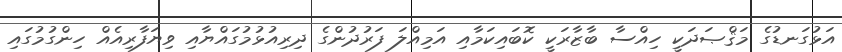
އަޅުގަނޑުގެ މަޤްޞަދަކީ ހިއްސާ ބާޒާރަކީ ކޮބައިކަމާއި އަމިއްލަ ފަރުދުންގެ ދިރިއުޅުމުގައްޔާއި ވިޔަފާރިއެއް ހިންގުމުގައި